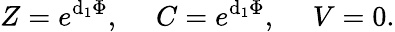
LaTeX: Z=e^{\mathrm{d}_{1}\Phi},\ \ \ \ \ C=e^{\mathrm{d}_{1}\Phi},\ \ \ \ \ V=0.